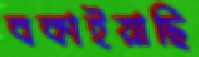
বকাইয়াছি